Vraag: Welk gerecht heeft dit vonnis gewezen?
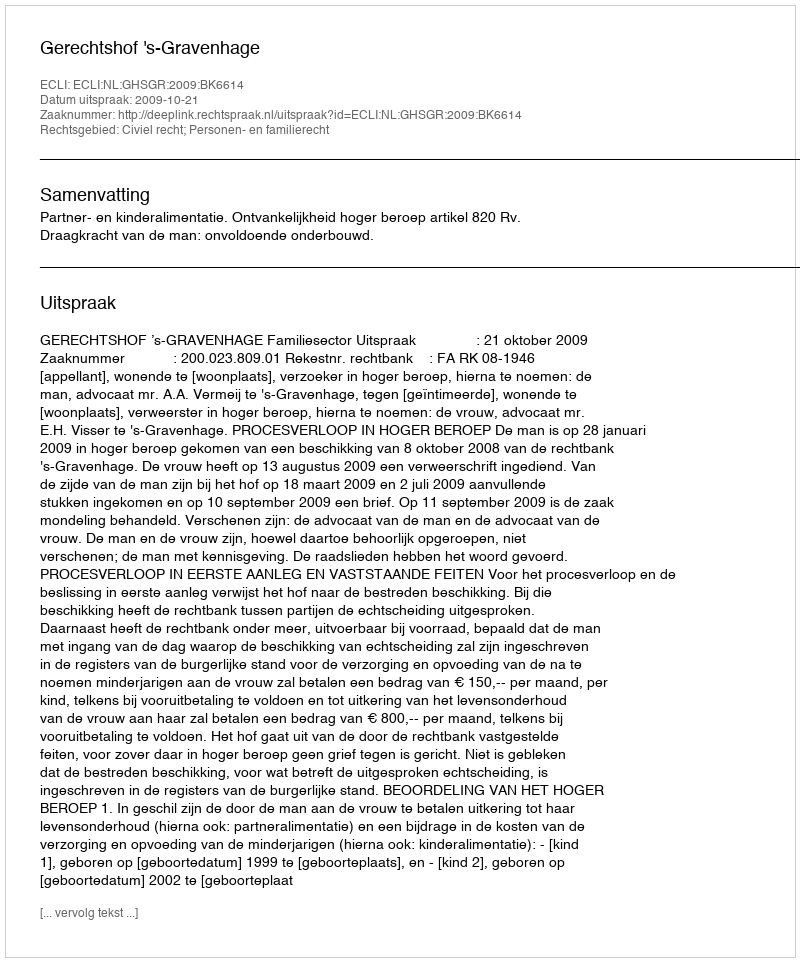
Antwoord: Gerechtshof 's-Gravenhage